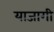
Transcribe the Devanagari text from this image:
याजागी